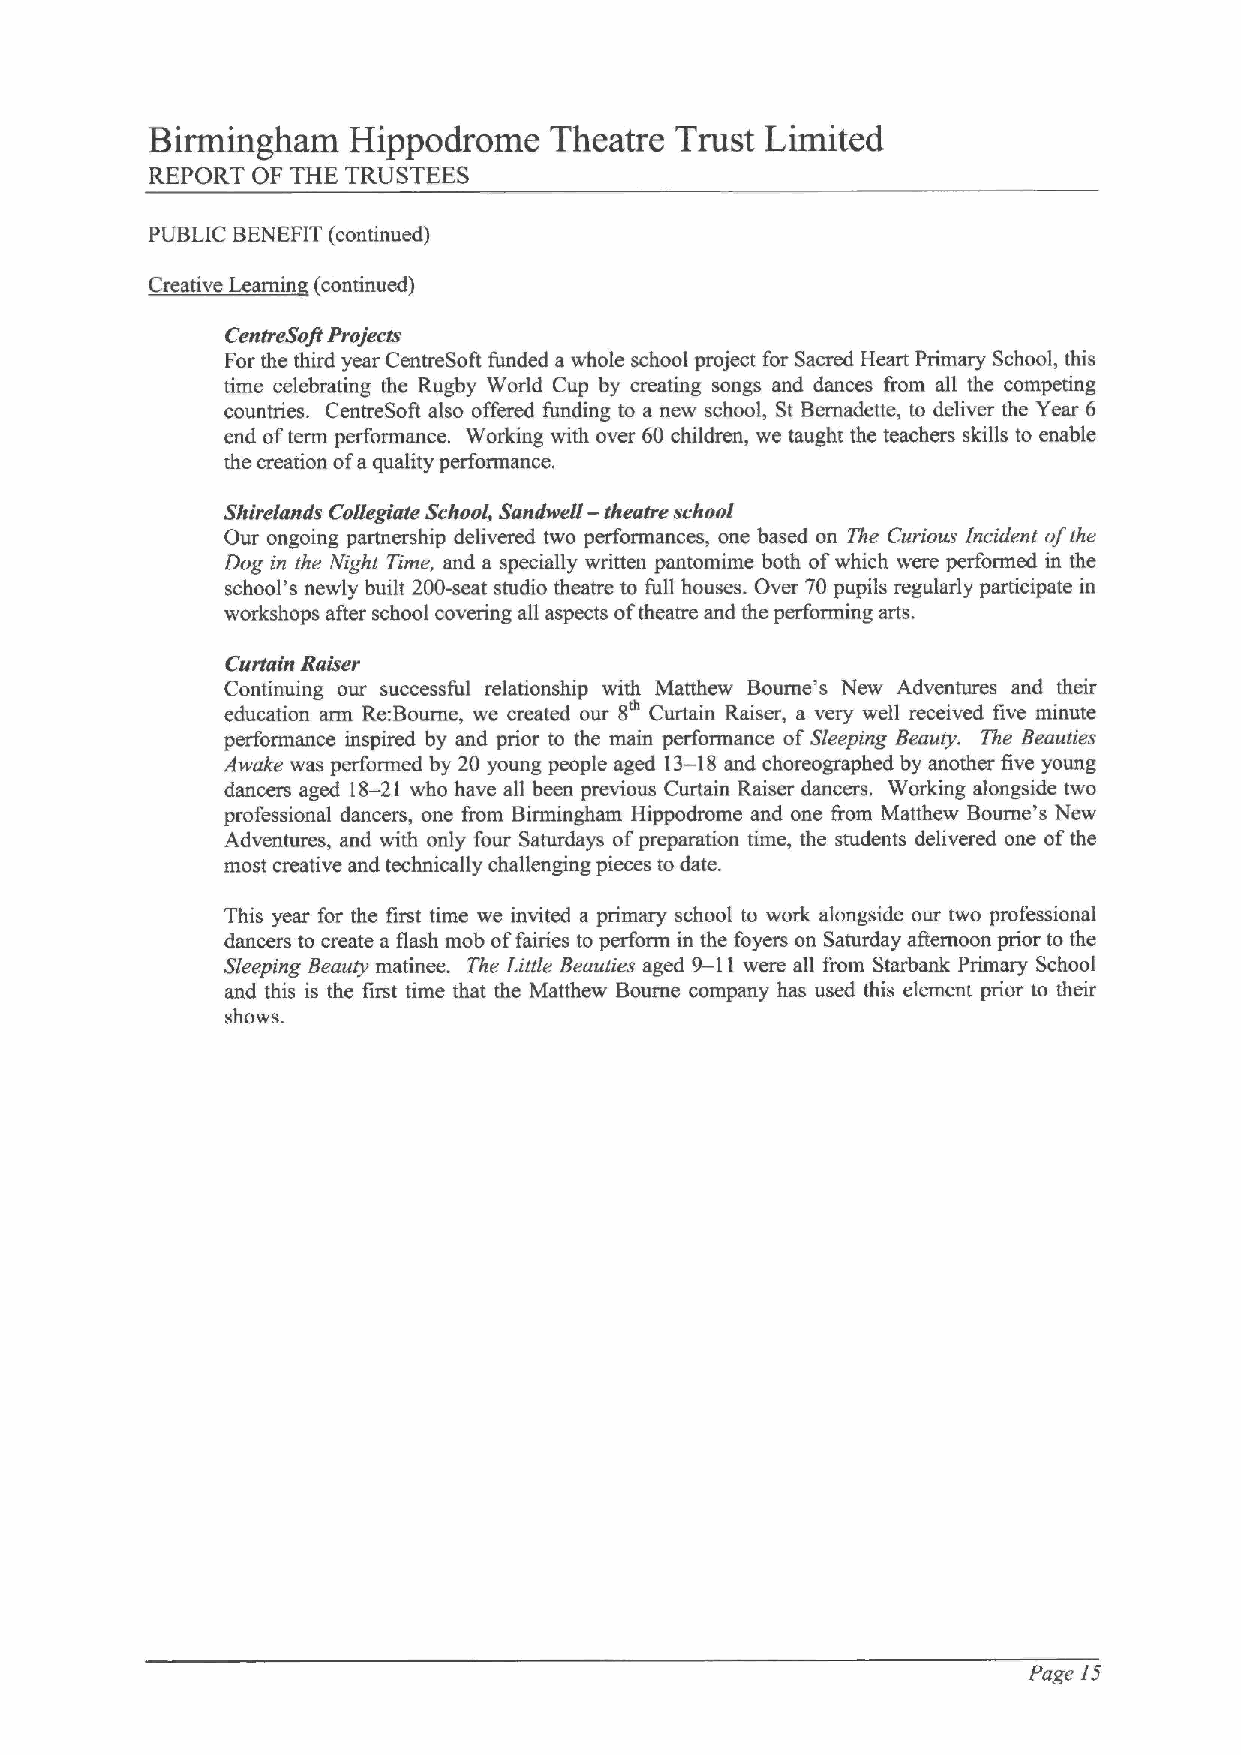
Birmingham   Hippodrome   Theatre  Trust Limited
 REPORT OF THE TRUSTEES
 PUBLIC BENEFIT (continued)
 ~Cti I   i (  i A)
 CantreSaft Projects
 For the third year CentreSoft funded a whole school project for Sacred Heart Primary School, this
 time celebrating the Rugby World Cup by creating songs and dances from all the competing
 countries. CentreSofl also offered funding to a new school, St Bemadette, to deliver the Year 6
 end ofterm performance. Working with over 60 children, we taught the teachers skifls to enable
 the creation ofa quality performance.
 Shirelands Collegiate School, Sandwell —theatre school
 Our ongoing partnership delivered two performances, one based on The Curious incident ofthe
 Dog in the Night Time, and a specially written pantomime both ofwhich were performed in the
 school's newly built 200-seat studio theatre to full houses. Over 70 pupils regularly participate in
 workshops after school covering all aspects oftheatre and the performing arts.
 Curtain Raiser
 Continuing our successful relationship with Matthew Bourne's New Adventures and their
 education arm Re:Bourne, we created our 8th Curtain Raiser, a very well received five minute
 performance inspired by and prior to the main performance of Sleeping Beauty. The Beauties
 —
 Awake was performed by 20 young people aged 13 18and choreographed by another five young
 —
 dancers aged 18 21 who have all been previous Curtain Raiser dancers. Working alongside two
 professional dancers, one fmm Birmingham Hippodrome and one from Matthew Bourne's New
 Adventures, and with only four Saturdays ofpreparation time, the students delivered one ofthe
 most creative and technically challenging pieces to date.
 This year for the first time we invited a primary school to work alongside our two professional
 dancers to create a flash mob offairies to perform in the foyers on Saturday afternoon prior to the
 Sleeping Beauty matinee. The Little Beauties aged 9— 11were all from Starbank Primary School
 and this is the first time that the Matthew Bourne company has used this element prior to their
 shows.
 Page 15